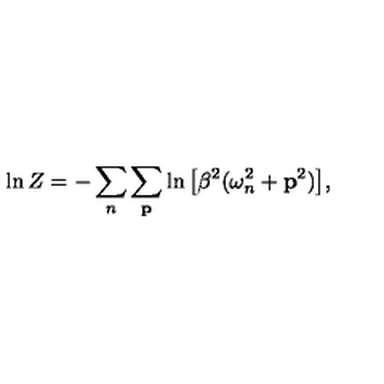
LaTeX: \ln Z = - \sum _ { n } \sum _ { { \bf p } } \ln \big [ \beta ^ { 2 } ( \omega _ { n } ^ { 2 } + { \bf p } ^ { 2 } ) \big ] ,